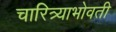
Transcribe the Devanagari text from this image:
चारित्र्याभोवती